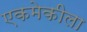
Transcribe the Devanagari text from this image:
एकमेकीला